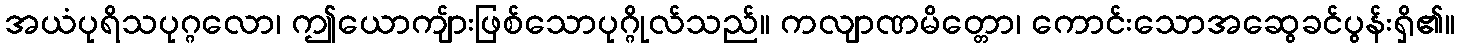
အယံပုရိသပုဂ္ဂလော၊ ဤယောကျ်ားဖြစ်သောပုဂ္ဂိုလ်သည်။ ကလျာဏမိတ္တော၊ ကောင်းသောအဆွေခင်ပွန်းရှိ၏။